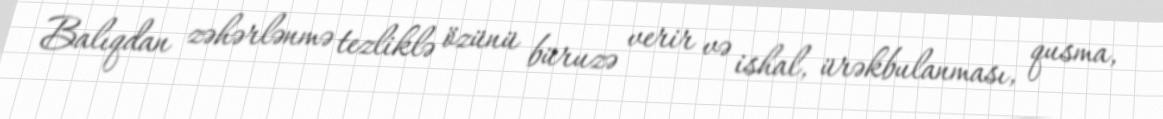
Balıqdan zəhərlənmə tezliklə özünü büruzə verir və ishal, ürəkbulanması, qusma,